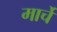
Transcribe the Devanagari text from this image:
मार्चे